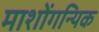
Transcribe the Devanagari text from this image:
माशोंगन्यिक